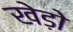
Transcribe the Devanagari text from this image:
खेड़ो